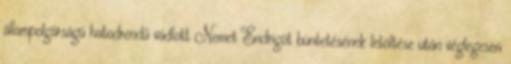
állampolgárságú hatodrendű vádlott Nemet Endrigót büntetésének letöltése után véglegesen